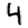
Digit: 4